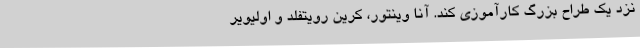
نزد یک طراح بزرگ کارآموزی کند. آنا وینتور، کرین رویتفلد و اولیویر